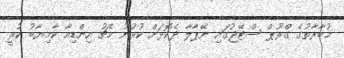
މުބާރާތުގެ ގްރޫޕް ސްޓޭޖުގައި ނޭޕާލާ ދެކޮޅަށް ކުޅުނު މެޗު އިންޑިއާ ކާމިޔާބު ކުރީ